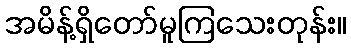
အမိန့်ရှိတော်မူကြသေးတုန်း။